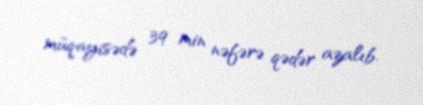
müqayisədə 39 min nəfərə qədər azalıb.